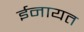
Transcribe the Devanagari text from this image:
ईनायत